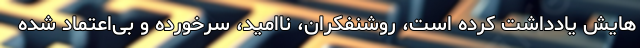
هایش یادداشت کرده است، روشنفکران، ناامید، سرخورده و بی‌اعتماد شده